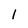
Character: 1